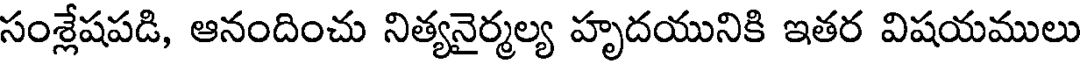
సంశ్లేషపడి, ఆనందించు నిత్యనైర్మల్య హృదయునికి ఇతర విషయములు